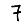
Digit: 7